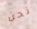
نحن